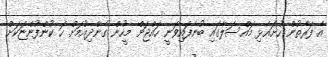
އެ ފަރާތުން ހުށައެޅި މައްސަލާގައި ބުނެފައިވަނީ ހައްޖަށް މީހުން ގެންދިއުމަށް ހަ ކުންފުންޏަކަށް